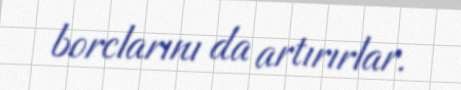
borclarını da artırırlar.